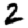
Digit: 2